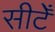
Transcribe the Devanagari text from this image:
सीटेँ